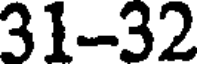
31-32